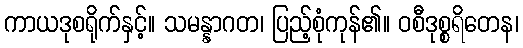
ကာယဒုစရိုက်နှင့်။ သမန္နာဂတ၊ ပြည့်စုံကုန်၏။ ဝစီဒုစ္စရိတေန၊